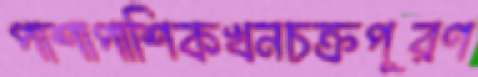
পাশাপাশিকখনচক্রপূরণ